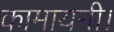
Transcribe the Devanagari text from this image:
कामायनी।